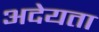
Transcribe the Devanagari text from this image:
अदेयता